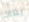
يعاد